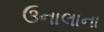
ઉનાલાના